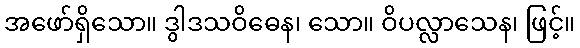
အဖော်ရှိသော။ ဒွါဒသဝိဓေန၊ သော။ ဝိပလ္လာသေန၊ ဖြင့်။